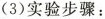
(3)实验步骤：